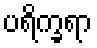
ပရိက္ခရာ